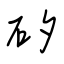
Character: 矽